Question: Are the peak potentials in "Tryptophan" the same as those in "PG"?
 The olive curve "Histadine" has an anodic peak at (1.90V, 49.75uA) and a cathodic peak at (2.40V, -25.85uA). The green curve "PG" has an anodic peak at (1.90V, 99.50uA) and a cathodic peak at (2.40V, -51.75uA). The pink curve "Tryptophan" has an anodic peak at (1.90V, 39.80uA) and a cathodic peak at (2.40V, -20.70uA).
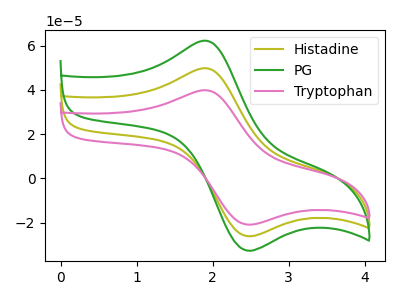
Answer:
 <answer>Yes, "Tryptophan" have a peak in "PG" at the same potential.</answer>
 <eval>match</eval>